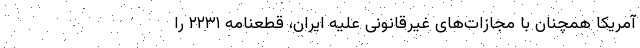
آمریکا همچنان با مجازات‌های غیرقانونی علیه ایران، قطعنامه ۲۲۳۱ را